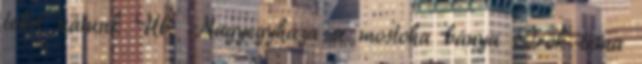
lehet nálunk Üb. Nagyegyháza a mostoha bánya Örök téma